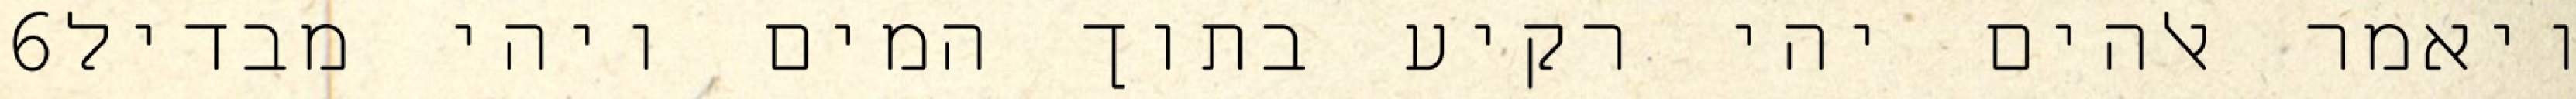
‎6‏ ויאמר אלהים יהי רקיע בתוך המים ויהי מבדיל